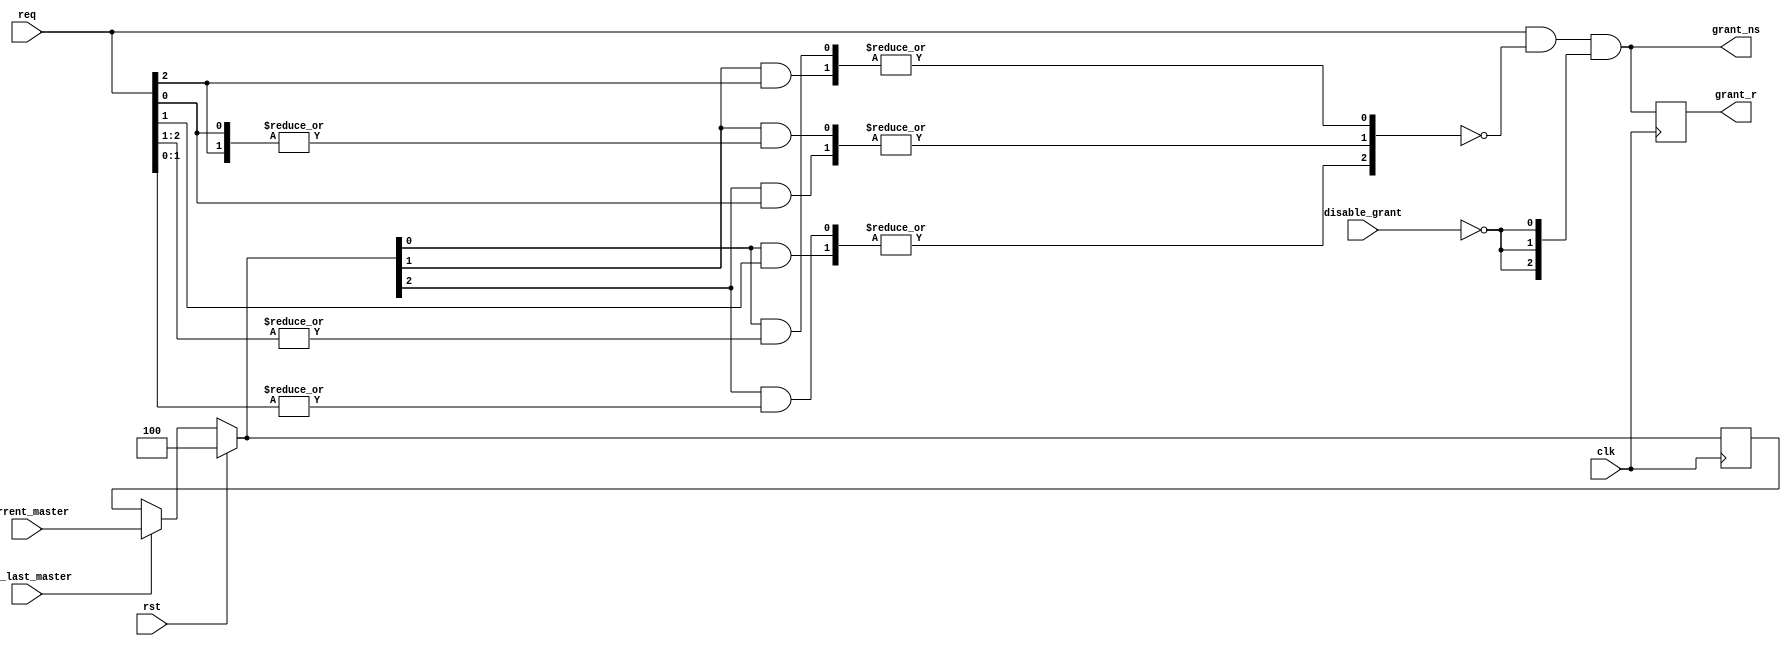
//*****************************************************************************
// (c) Copyright 2008-2009 Xilinx, Inc. All rights reserved.
//
// This file contains confidential and proprietary information
// of Xilinx, Inc. and is protected under U.S. and
// international copyright and other intellectual property
// laws.
//
// DISCLAIMER
// This disclaimer is not a license and does not grant any
// rights to the materials distributed herewith. Except as
// otherwise provided in a valid license issued to you by
// Xilinx, and to the maximum extent permitted by applicable
// law: (1) THESE MATERIALS ARE MADE AVAILABLE "AS IS" AND
// WITH ALL FAULTS, AND XILINX HEREBY DISCLAIMS ALL WARRANTIES
// AND CONDITIONS, EXPRESS, IMPLIED, OR STATUTORY, INCLUDING
// BUT NOT LIMITED TO WARRANTIES OF MERCHANTABILITY, NON-
// INFRINGEMENT, OR FITNESS FOR ANY PARTICULAR PURPOSE; and
// (2) Xilinx shall not be liable (whether in contract or tort,
// including negligence, or under any other theory of
// liability) for any loss or damage of any kind or nature
// related to, arising under or in connection with these
// materials, including for any direct, or any indirect,
// special, incidental, or consequential loss or damage
// (including loss of data, profits, goodwill, or any type of
// loss or damage suffered as a result of any action brought
// by a third party) even if such damage or loss was
// reasonably foreseeable or Xilinx had been advised of the
// possibility of the same.
//
// CRITICAL APPLICATIONS
// Xilinx products are not designed or intended to be fail-
// safe, or for use in any application requiring fail-safe
// performance, such as life-support or safety devices or
// systems, Class III medical devices, nuclear facilities,
// applications related to the deployment of airbags, or any
// other applications that could lead to death, personal
// injury, or severe property or environmental damage
// (individually and collectively, "Critical
// Applications"). Customer assumes the sole risk and
// liability of any use of Xilinx products in Critical
// Applications, subject only to applicable laws and
// regulations governing limitations on product liability.
//
// THIS COPYRIGHT NOTICE AND DISCLAIMER MUST BE RETAINED AS
// PART OF THIS FILE AT ALL TIMES.
//
//*****************************************************************************
//   ____  ____
//  /   /\/   /
// /___/  \  /    Vendor                : Xilinx
// \   \   \/     Version               : 3.6.1
//  \   \         Application           : MIG
//  /   /         Filename              : round_robin_arb.v
// /___/   /\     Date Last Modified    : $date$
// \   \  /  \    Date Created          : Tue Jun 30 2009
//  \___\/\___\
//
//Device            : Virtex-6
//Design Name       : DDR3 SDRAM
//Purpose           :
//Reference         :
//Revision History  :
//*****************************************************************************

// A simple round robin arbiter implemented in a not so simple
// way.  Two things make this special.  First, it takes width as
// a parameter and secondly it's constructed in a way to work with
// restrictions synthesis programs.
//
// Consider each req/grant pair to be a
// "channel".  The arbiter computes a grant response to a request
// on a channel by channel basis.
//
// The arbiter implementes a "round robin" algorithm.  Ie, the granting
// process is totally fair and symmetric.  Each requester is given
// equal priority.  If all requests are asserted, the arbiter will
// work sequentially around the list of requesters, giving each a grant.
//
// Grant priority is based on the "last_master".  The last_master
// vector stores the channel receiving the most recent grant.  The
// next higher numbered channel (wrapping around to zero) has highest
// priority in subsequent cycles.  Relative priority wraps around
// the request vector with the last_master channel having lowest priority.
//
// At the highest implementation level, a per channel inhibit signal is computed.
// This inhibit is bit-wise AND'ed with the incoming requests to
// generate the grant.
//
// There will be at most a single grant per state.  The logic
// of the arbiter depends on this.
//
// Once a grant is given, it is stored as the last_master.  The
// last_master vector is initialized at reset to the zero'th channel.
// Although the particular channel doesn't matter, it does matter
// that the last_master contains a valid grant pattern.
//
// The heavy lifting is in computing the per channel inhibit signals.
// This is accomplished in the generate statement.
//
// The first "for" loop in the generate statement steps through the channels.
//
// The second "for" loop steps through the last mast_master vector
// for each channel.  For each last_master bit, an inh_group is generated.
// Following the end of the second "for" loop, the inh_group signals are OR'ed
// together to generate the overall inhibit bit for the channel.
//
// For a four bit wide arbiter, this is what's generated for channel zero:
//
//  inh_group[1] = last_master[0] && |req[3:1];  // any other req inhibits
//  inh_group[2] = last_master[1] && |req[3:2];  // req[3], or req[2] inhibit
//  inh_group[3] = last_master[2] && |req[3:3];  // only req[3] inhibits
//
// For req[0], last_master[3] is ignored because channel zero is highest priority
// if last_master[3] is true.
//


`timescale 1ps/1ps

module round_robin_arb
  #(
    parameter TCQ = 100,
    parameter WIDTH = 3
   )
   (
    /*AUTOARG*/
  // Outputs
  grant_ns, grant_r,
  // Inputs
  clk, rst, req, disable_grant, current_master, upd_last_master
  );

  input clk;
  input rst;

  input [WIDTH-1:0] req;

  wire [WIDTH-1:0] last_master_ns;

  reg [WIDTH*2-1:0] dbl_last_master_ns;
  always @(/*AS*/last_master_ns)
    dbl_last_master_ns = {last_master_ns, last_master_ns};
  reg [WIDTH*2-1:0] dbl_req;
  always @(/*AS*/req) dbl_req = {req, req};

  reg [WIDTH-1:0] inhibit = {WIDTH{1'b0}};

  genvar i;
  genvar j;
  generate
    for (i = 0; i < WIDTH; i = i + 1) begin : channel
      wire [WIDTH-1:1] inh_group;
      for (j = 0; j < (WIDTH-1); j = j + 1) begin : last_master
          assign inh_group[j+1] =
                  dbl_last_master_ns[i+j] && |dbl_req[i+WIDTH-1:i+j+1];
      end
      always @(/*AS*/inh_group) inhibit[i] = |inh_group;
    end
  endgenerate

  input disable_grant;
  output wire [WIDTH-1:0] grant_ns;
  assign grant_ns = req & ~inhibit & {WIDTH{~disable_grant}};

  output reg [WIDTH-1:0] grant_r;
  always @(posedge clk) grant_r <= #TCQ grant_ns;

  input [WIDTH-1:0] current_master;
  input upd_last_master;
  reg [WIDTH-1:0] last_master_r;
  localparam ONE = 1 << (WIDTH - 1); //Changed form '1' to fix the CR #544024
                                     //A '1' in the LSB of the last_master_r 
                                     //signal gives a low priority to req[0]
                                     //after reset. To avoid this made MSB as
                                     //'1' at reset.
  assign last_master_ns = rst
                            ? ONE[0+:WIDTH]
                            : upd_last_master
                                ? current_master
                                : last_master_r;
  always @(posedge clk) last_master_r <= #TCQ last_master_ns;

`ifdef MC_SVA
  grant_is_one_hot_zero:
    assert property (@(posedge clk) (rst || $onehot0(grant_ns)));
  last_master_r_is_one_hot:
    assert property (@(posedge clk) (rst || $onehot(last_master_r)));
`endif

endmodule